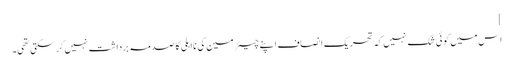
]
اس میں کوئی شک نہیں کہ تحریک انصاف اپنے چیئرمین کی نااہلی کا صدمہ برداشت نہیں کر سکتی تھی۔